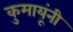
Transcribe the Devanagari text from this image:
कुमायूंनी